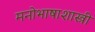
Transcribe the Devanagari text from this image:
मनोभाषाशास्त्री